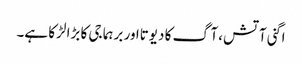
اگنی آتش ،آگ کا دیوتااور برہما جی کا بڑا لڑکا ہے۔